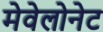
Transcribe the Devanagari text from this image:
मेवेलोनेट